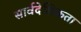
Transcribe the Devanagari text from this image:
सार्वदेशिकता